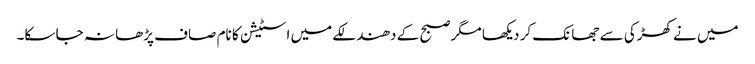
میں نے کھڑکی سے جھانک کر دیکھا مگر صبح کے دھندلکے میں اسٹیشن کا نام صاف پڑھا نہ جا سکا۔